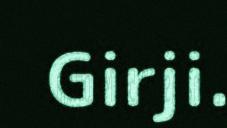
Girji.